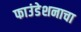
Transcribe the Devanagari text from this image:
फाउंडेशनाचा